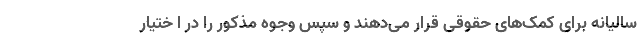
سالیانه برای کمک‌های حقوقی قرار می‌دهند و سپس وجوه مذکور را در ا ختیار